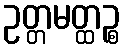
ဥတ္တမတ္ထဉ္စ